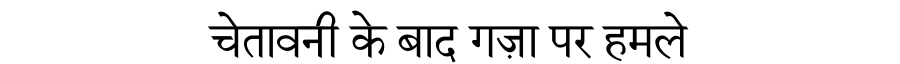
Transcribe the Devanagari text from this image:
चेतावनी के बाद गज़ा पर हमले